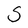
Character: S